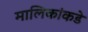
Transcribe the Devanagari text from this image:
मालिकांकडे